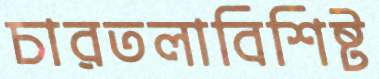
চারতলাবিশিষ্ট